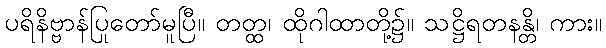
ပရိနိဗ္ဗာန်ပြုတော်မူပြီ။ တတ္ထ၊ ထိုဂါထာတို့၌။ သဋ္ဌိရတနန္တိ၊ ကား။